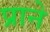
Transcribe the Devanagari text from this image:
प्राने